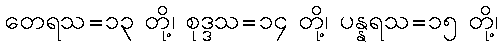
တေရသ=၁၃ တို့၊ စုဒ္ဒသ=၁၄ တို့၊ ပန္နရသ=၁၅ တို့၊